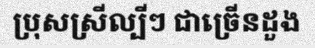
ប្រុសស្រីល្បីៗ ជាច្រើនដួង